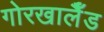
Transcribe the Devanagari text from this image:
गोरखालैँड